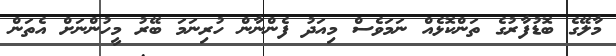
މާލޭގެ ބޮޑުފާރުގެ ތަންކޮޅެއް ނަމަވެސް މިއަދު ފެންނާން ހުރިނަމަ ބޭރު މީހުންނަށް އެތަން